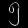
Digit: ၅